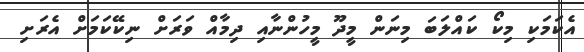
އެކަމަކި މިކޯ ކައްލަބަ މިނަން މީދޫ މީހުންނާއި ދިމާއް ވަރަށް ނިކޭކަމަށް އެރަށި